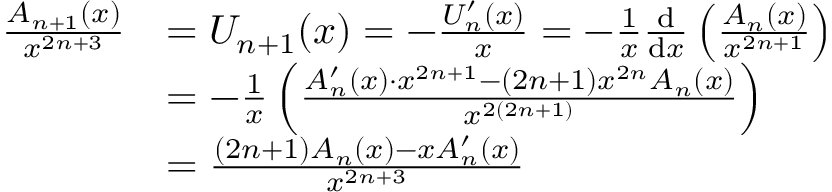
{ \begin{array} { r l } { { \frac { A _ { n + 1 } ( x ) } { x ^ { 2 n + 3 } } } } & { = U _ { n + 1 } ( x ) = - { \frac { U _ { n } ^ { \prime } ( x ) } { x } } = - { \frac { 1 } { x } } { \frac { \mathrm { d } } { \mathrm { d } x } } \left( { \frac { A _ { n } ( x ) } { x ^ { 2 n + 1 } } } \right) } \\ & { = - { \frac { 1 } { x } } \left( { \frac { A _ { n } ^ { \prime } ( x ) \cdot x ^ { 2 n + 1 } - ( 2 n + 1 ) x ^ { 2 n } A _ { n } ( x ) } { x ^ { 2 ( 2 n + 1 ) } } } \right) } \\ & { = { \frac { ( 2 n + 1 ) A _ { n } ( x ) - x A _ { n } ^ { \prime } ( x ) } { x ^ { 2 n + 3 } } } } \end{array} }